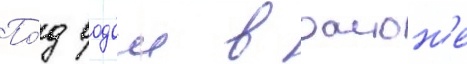
По́д водои в раион'е